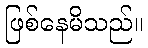
ဖြစ်နေမိသည်။